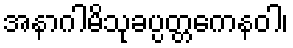
အနာဂါမိသုခပ္ပတ္တကေနဝါ၊